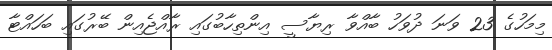
މިމަހުގެ 23 ވަނަ ދުވަހު ބާއްވާ ރިޔާސީ އިންތިހާބުގައި ރާއްޖެއިން ބޭރުގައި ބަހައްޓާ